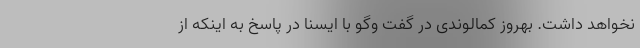
نخواهد داشت. بهروز کمالوندی در گفت وگو با ایسنا در پاسخ به اینکه از